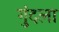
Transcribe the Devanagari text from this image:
गुंदला